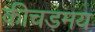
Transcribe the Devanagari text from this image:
कीचड़मय